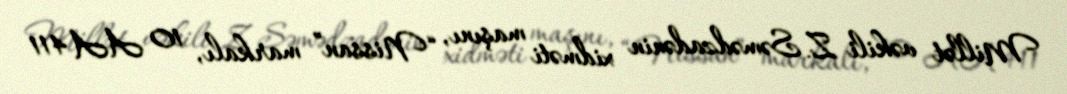
Millət vəkili Z. Səmədzadənin xidməti maşını, “Nissan” markalı, 10 AA 411